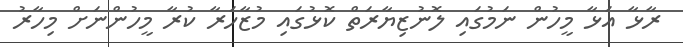
ރާޅާ އަޅާ މީހުން ނަމުގައި ލޮނުޒިޔާރަތް ކޮޅުގައި މުޒާހަރާ ކުރާ މީހުންނަށް މިހާރު